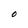
Character: O